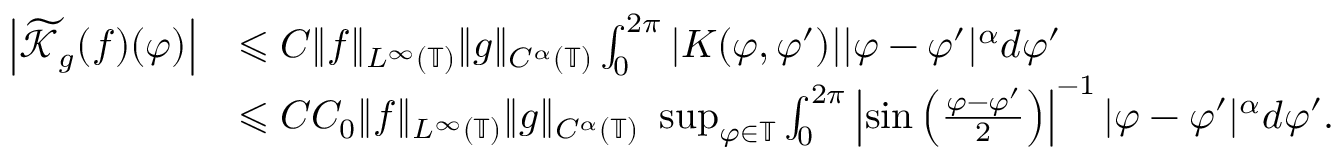
\begin{array} { r l } { \left| \widetilde { \mathcal { K } } _ { g } ( f ) ( \varphi ) \right| } & { \leqslant C \| f \| _ { L ^ { \infty } ( \mathbb { T } ) } \| g \| _ { C ^ { \alpha } ( \mathbb { T } ) } \int _ { 0 } ^ { 2 \pi } | K ( \varphi , \varphi ^ { \prime } ) | | \varphi - \varphi ^ { \prime } | ^ { \alpha } d \varphi ^ { \prime } } \\ & { \leqslant C C _ { 0 } \| f \| _ { L ^ { \infty } ( \mathbb { T } ) } \| g \| _ { C ^ { \alpha } ( \mathbb { T } ) } \ \operatorname* { s u p } _ { \varphi \in \mathbb { T } } \int _ { 0 } ^ { 2 \pi } \left| \sin \left( \frac { \varphi - \varphi ^ { \prime } } { 2 } \right) \right| ^ { - 1 } | \varphi - \varphi ^ { \prime } | ^ { \alpha } d \varphi ^ { \prime } . } \end{array}